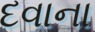
દવાના